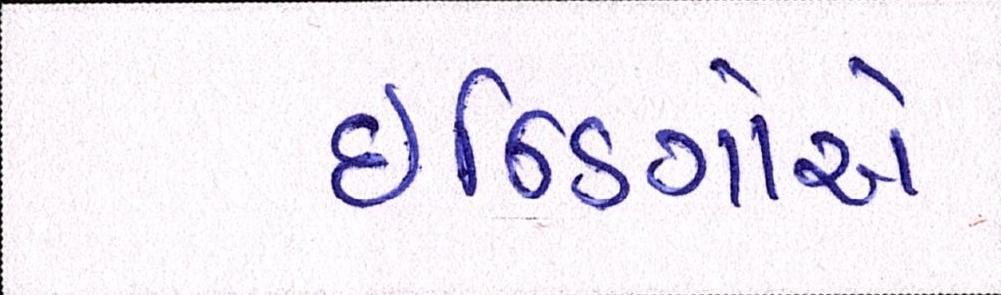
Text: ઇન્ડિગોએ